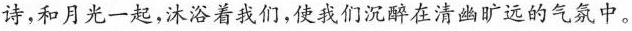
诗，和月光一起，沐浴着我们，使我们沉醉在清幽旷远的气氛中。